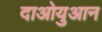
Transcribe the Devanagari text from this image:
दाओयुआन